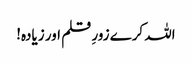
اللہ کرے زورِ قلم اور زیادہ!